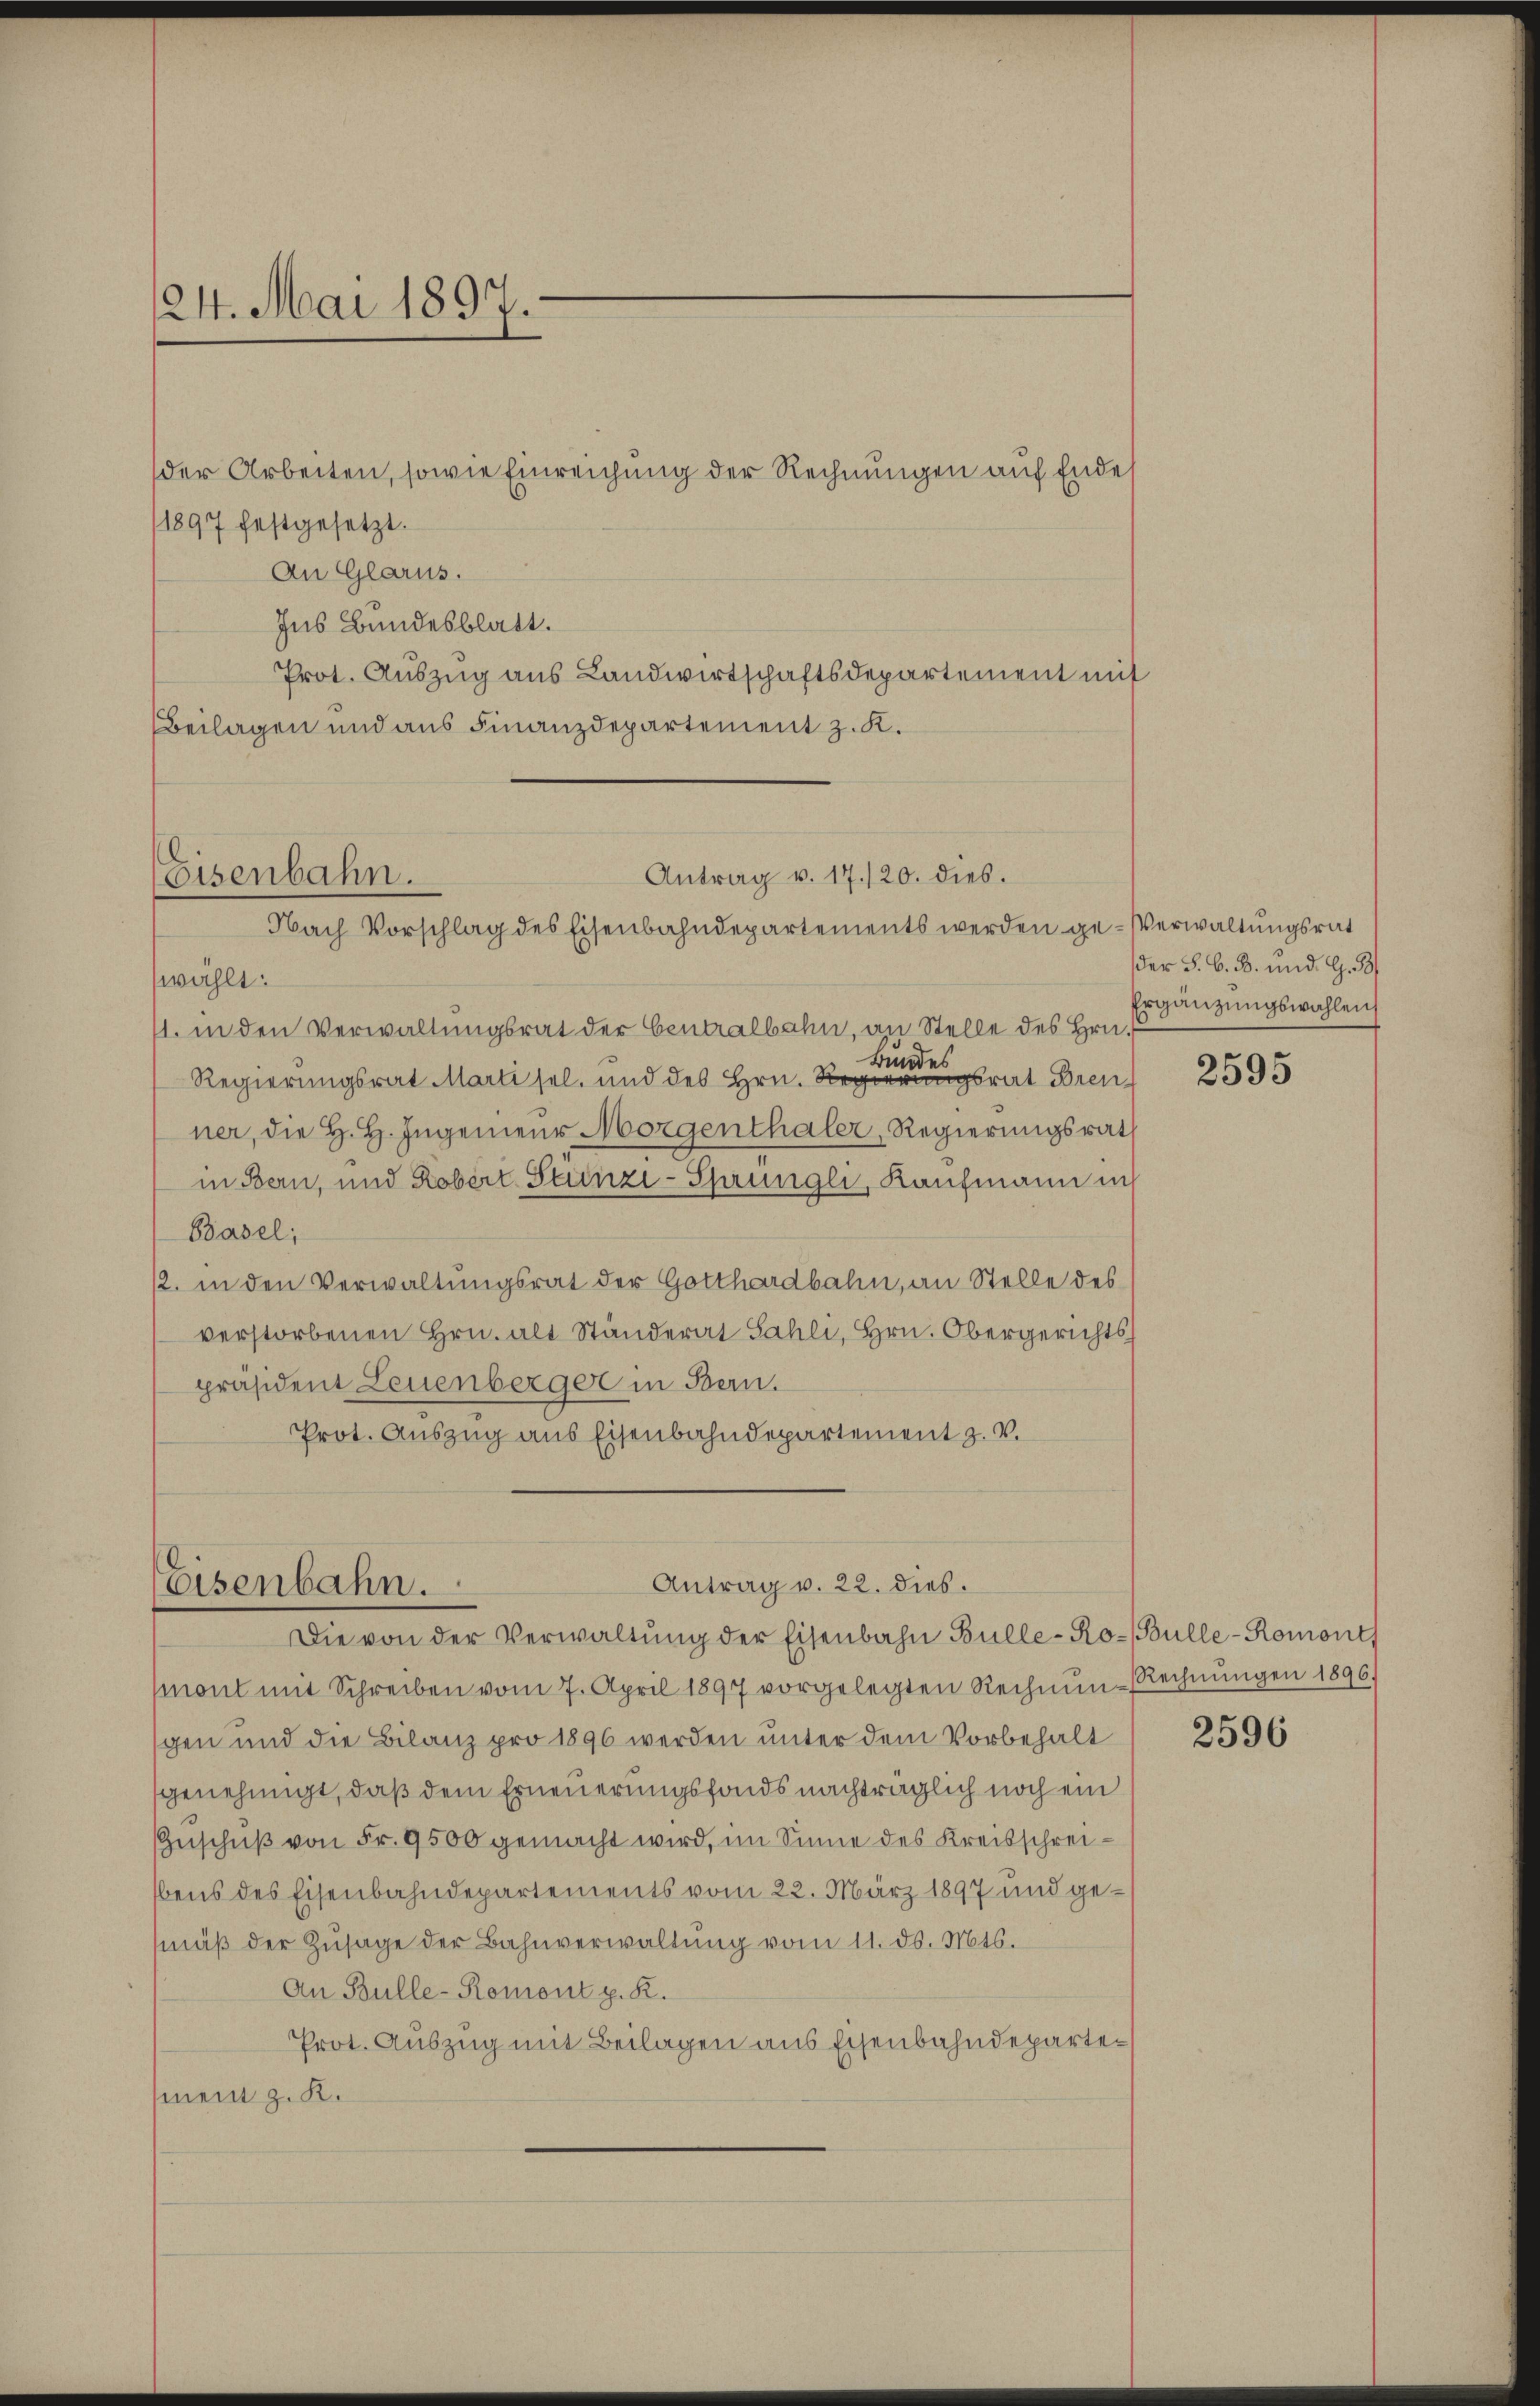
24. Mai 1897.

der Arbeiten, sowie Einreichung der Rechnungen auf Ende
1897 festgesetzt.
An Glarus.
Ins Bundesblatt.
Prot. Auszug aus Landwirtschaftsdepartement mit
Beilagen und aus Finanzdepartement z. K.

Antrag v. 17./20. dies.
Eisenbahn.
Nach Vorschlag des Eisenbahndepartements werden ge-Verwaltungsrat

wählt:
11. in den Verwaltungsrat der Centralbahn, an Stelle des Hrn.
Bunde
Regierungsrat Marti sel. und des Hrn. Regierungsrat Bren
ner, die H. H. Ingenieur Morgenthaler, Regierungsrath
in Bern, und Robert Stünzi - Sprüngli, Kaufmann i
Basel;
12. in den Verwaltungsrat der Gotthardbahn, an Stelle des
verstorbenen Hrn. alt Ständerat Sahli, Hrn. Obergerichts
präsident Leuenberger in Bern.
Prot. Auszug aus Eisenbahndepartement z. v.

Antrag v. 22. dies.
Eisenbahn.
Die von der Verwaltŭng der Eisenbahn Bülle-Ro-Bülle-Romont

mont mit Schreiben vom 7. April 1897 vorgelegten Rechnŭn-Rechnŭngen 1896.
gen und die Bilanz pro 1896 werden unter dem Vorbehalt
genehmigt, daß dem Erneuerungsfonds nachträglich noch ein
Geschŭβ von Fr. 9500 gemacht wird, im Sinne des Kreisschrei¬
Ebens des Eisenbahndepartements vom 22. März 1897 und gemäß der Zusage der Bahnverwaltung vom 11. ds. Mts.
An Bulle-Romont p. R.
Prot. Auszug mit Beilagen aus Eisenbahndeparte¬
(ment z. K.
—

der S. G. B. und. G. 33
Ergänzungswahlen

2595

2596